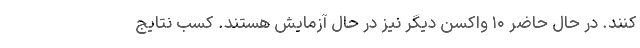
کنند. در حال حاضر ۱۰ واکسن دیگر نیز در حال آزمایش هستند. کسب نتایج